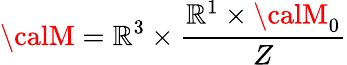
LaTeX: {\calM}=\mathbb{R}^{3}\times{\frac{{\mathbb{R}^{1}\times{\calM}_{0}}}{{Z}}}